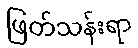
ဖြတ်သန်းရာ